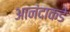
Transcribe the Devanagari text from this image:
आनंदाकडे